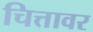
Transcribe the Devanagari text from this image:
चित्तावर